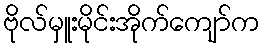
ဗိုလ်မှူးမိုင်းအိုက်ကျော်က